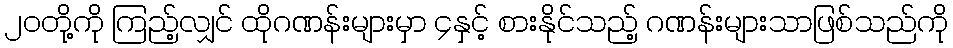
၂၀တို့ကို ကြည့်လျှင် ထိုဂဏန်းများမှာ ၄နှင့် စားနိုင်သည့် ဂဏန်းများသာဖြစ်သည်ကို